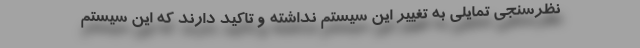
نظرسنجی تمایلی به تغییر این سیستم نداشته و تاکید دارند که این سیستم